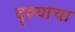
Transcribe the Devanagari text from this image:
दृश्याचा